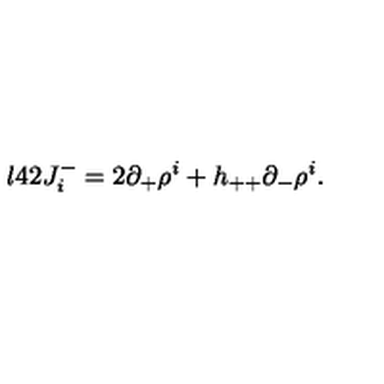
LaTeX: \l { 4 2 } J _ { i } ^ { - } = 2 \partial _ { + } \rho ^ { i } + h _ { + + } \partial _ { - } \rho ^ { i } .